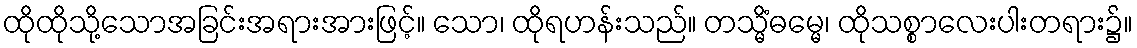
ထိုထိုသို့သောအခြင်းအရားအားဖြင့်။ သော၊ ထိုရဟန်းသည်။ တသ္မိံဓမ္မေ၊ ထိုသစ္စာလေးပါးတရား၌။